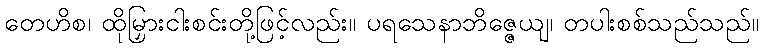
တေဟိစ၊ ထိုမြှားငါးစင်းတို့ဖြင့်လည်း။ ပရသေနာဘိဇ္ဇေယျ၊ တပါးစစ်သည်သည်။